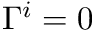
\Gamma ^ { i } = 0